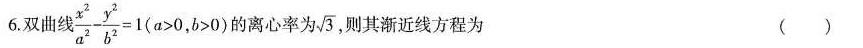
6.双曲线$$\frac { x ^ { 2 } } { a ^ { 2 } } - \frac { y ^ { 2 } } { b ^ { 2 } } = 1 ($$a > 0$$，$$b > 0$$)的离心率为 \sqrt{3}，则其渐近线方程为 ( )